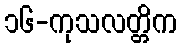
၁၆-ကုသလတ္တိက